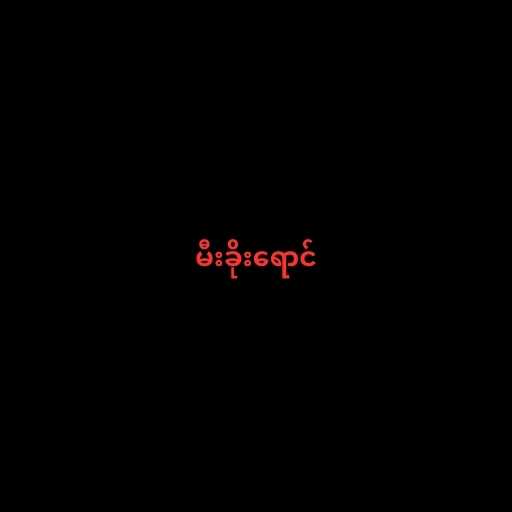
မီးခိုးရောင်